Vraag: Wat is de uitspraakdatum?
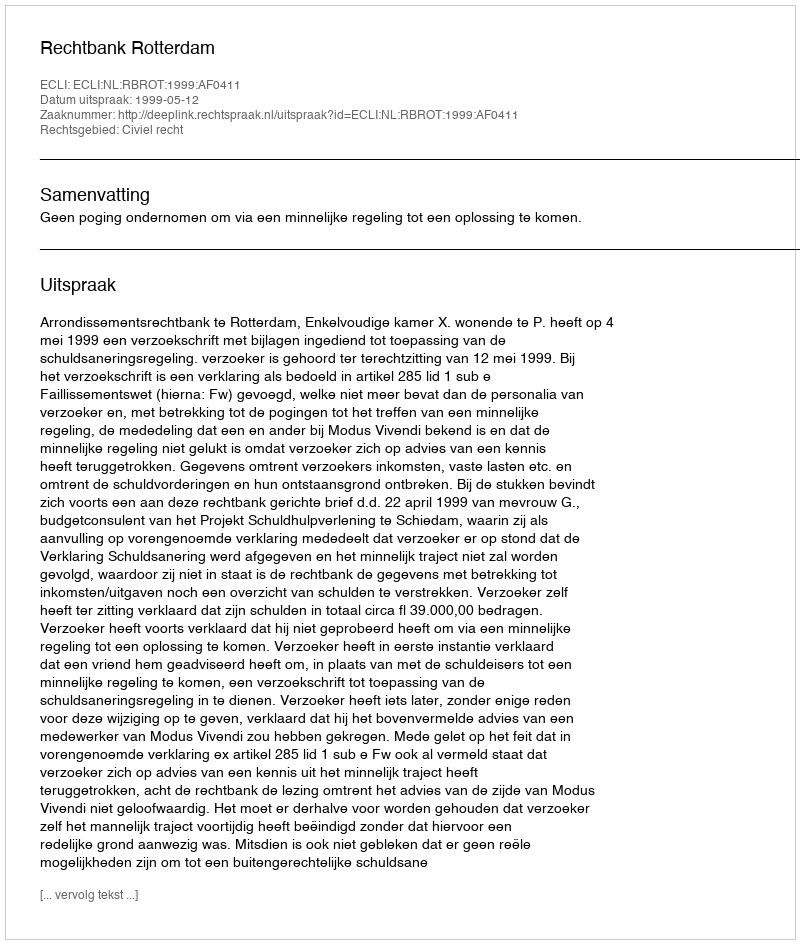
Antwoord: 1999-05-12